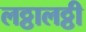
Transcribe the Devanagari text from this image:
लठ्ठालठ्ठी